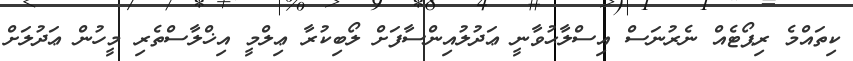
ކިތައްމެ ރިޕޯޓެއް ނެރުނަސް އިސްލާޙުވާނީ ޢަދުލުއިންސާފަށް ލޯބިކުރާ ޢިލްމީ އިޚްލާސްތެރި މީހުން ޢަދުލަށް